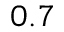
_ { 0 . 7 }